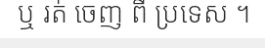
ឬ រត់ ចេញ ពី ប្រទេស ។